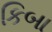
કિબા